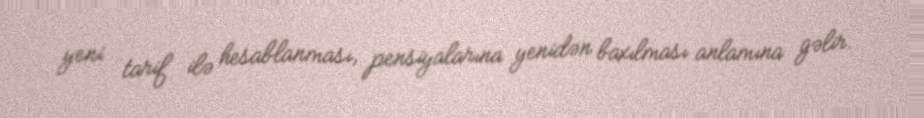
yeni tarif ilə hesablanması, pensiyalarına yenidən baxılması anlamına gəlir.